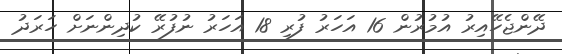
ދޭންޖެހޭއިރު އުމުރުން 16 އަހަރު ފުރި 18 އަހަރު ނުފުރޭ ކުދިންނަށް ހަރަދު